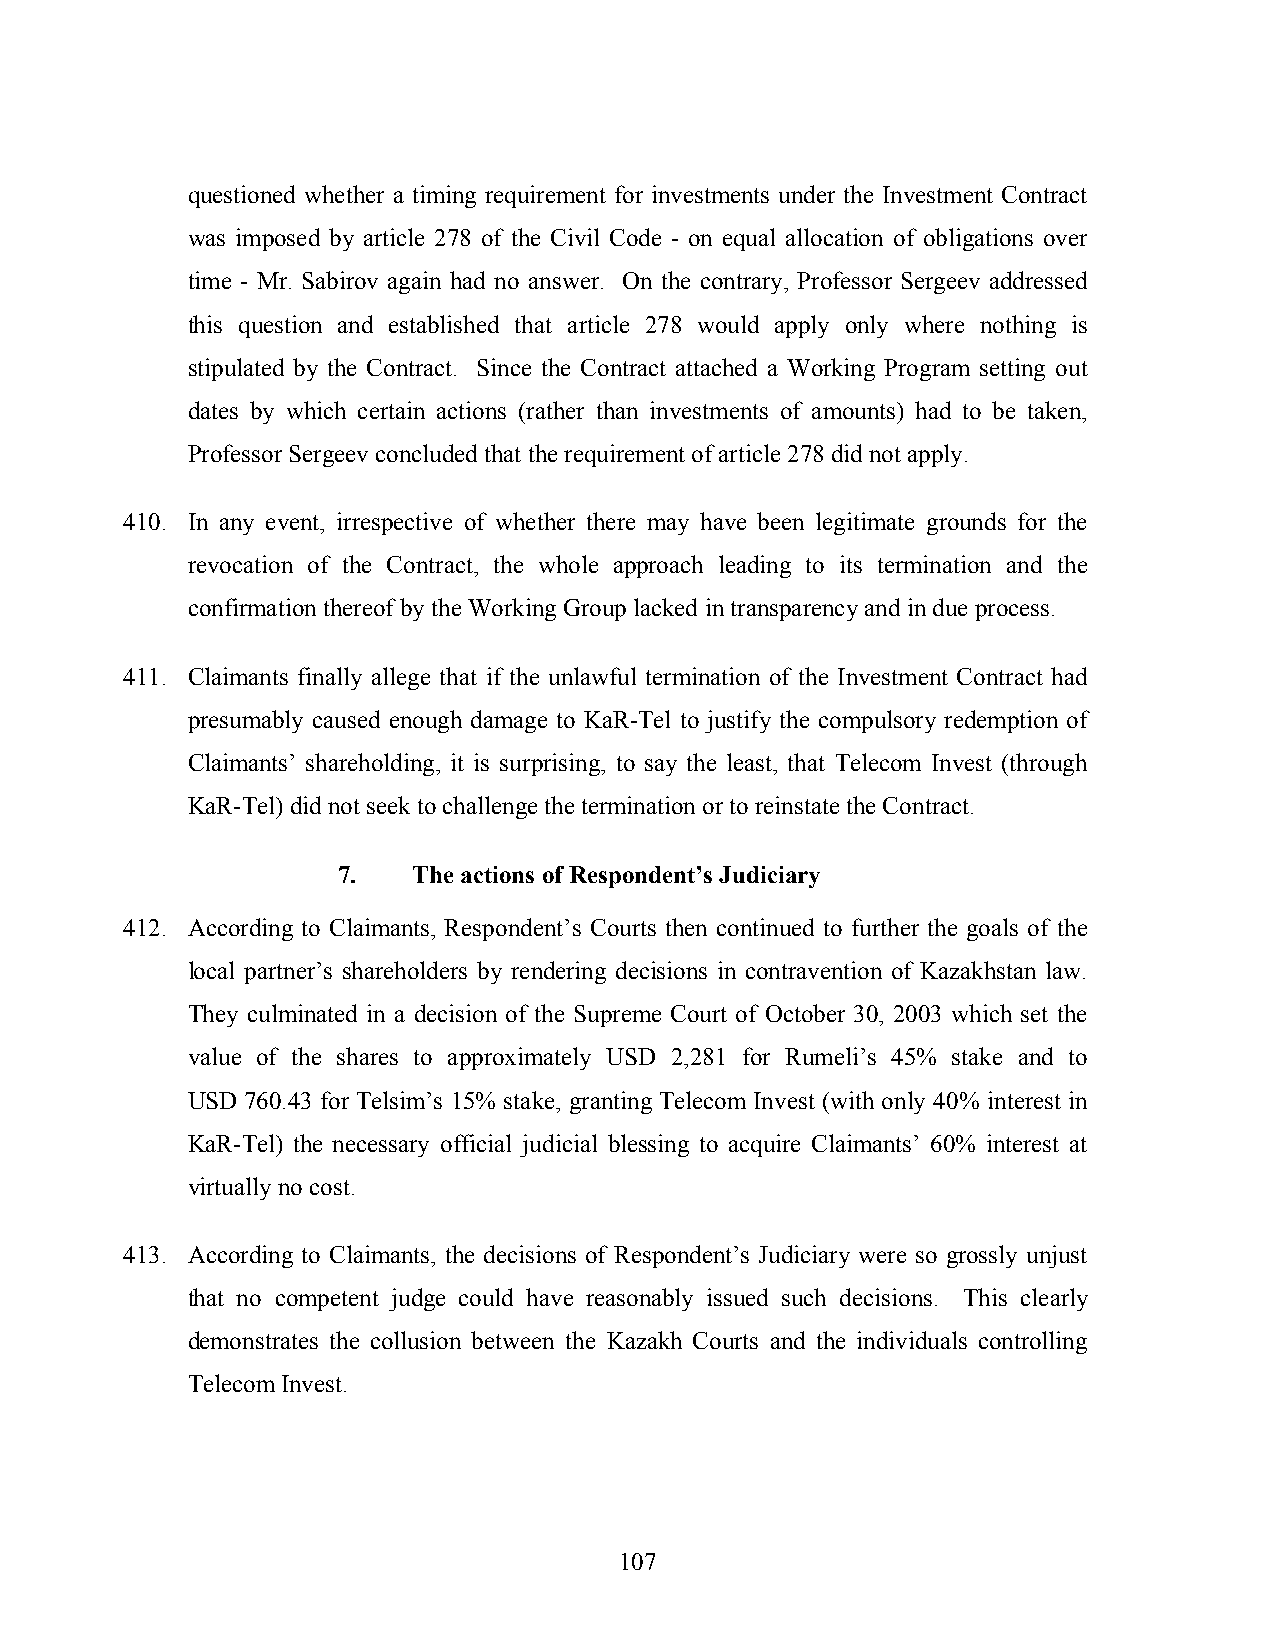
questioned whether a timing requirement for investments under the Investment Contract
 was imposed by article 278 of the Civil Code - on equal allocation of obligations over
 time - Mr. Sabirov again had no answer. On the contrary, Professor Sergeev addressed
 this question and established that article 278 would apply only where nothing is
 stipulated by the Contract. Since the Contract attached a Working Program setting out
 dates by which certain actions (rather than investments of amounts) had to be taken,
 Professor Sergeev concluded that the requirement of article 278 did not apply.
 410. In any event, irrespective of whether there may have been legitimate grounds for the
 revocation of the Contract, the whole approach leading to its termination and the
 confirmation thereof by the Working Group lacked in transparency and in due process.
 411. Claimants finally allege that if the unlawful termination of the Investment Contract had
 presumably caused enough damage to KaR-Tel to justify the compulsory redemption of
 Claimants’ shareholding, it is surprising, to say the least, that Telecom Invest (through
 KaR-Tel) did not seek to challenge the termination or to reinstate the Contract.
 7.   The actions of Respondent’s Judiciary
 412. According to Claimants, Respondent’s Courts then continued to further the goals of the
 local partner’s shareholders by rendering decisions in contravention of Kazakhstan law.
 They culminated in a decision of the Supreme Court of October 30, 2003 which set the
 value of the shares to approximately USD 2,281 for Rumeli’s 45% stake and to
 USD 760.43 for Telsim’s 15% stake, granting Telecom Invest (with only 40% interest in
 KaR-Tel) the necessary official judicial blessing to acquire Claimants’ 60% interest at
 virtually no cost.
 413. According to Claimants, the decisions of Respondent’s Judiciary were so grossly unjust
 that no competent judge could have reasonably issued such decisions. This clearly
 demonstrates the collusion between the Kazakh Courts and the individuals controlling
 Telecom Invest.
 107